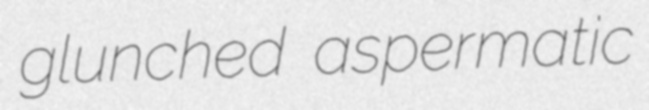
glunched aspermatic